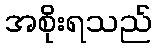
အစိုးရသည်